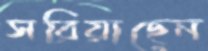
সরিয়াছেন